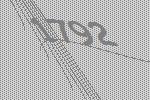
1792